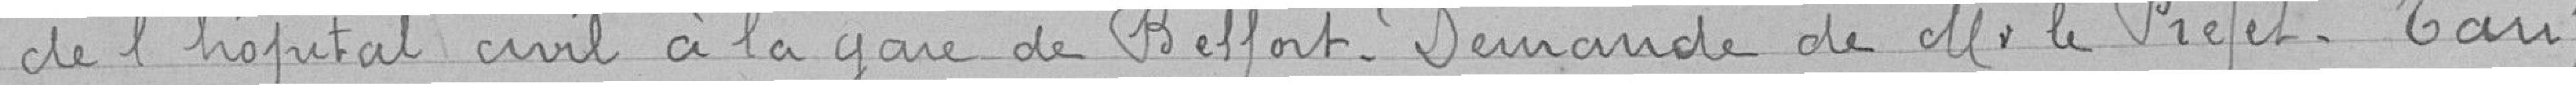
de l'hôpital civil à la gare de Belfort_ Demande de M. le Préfet. Tarif